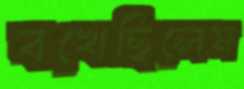
বখেছিলেম